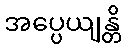
အပ္ပေယျန္တိ